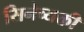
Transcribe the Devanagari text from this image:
सिनेव्यक्ती